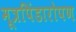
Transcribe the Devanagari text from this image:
मूत्रपिंडारोपण